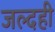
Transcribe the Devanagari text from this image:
जल्‍दही